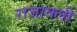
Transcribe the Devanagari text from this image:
राजावली